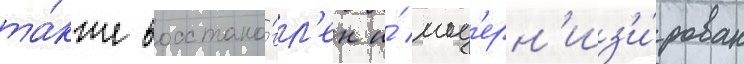
та́кже восстано́вл'ен и́ мод'ерн'из'и́рован